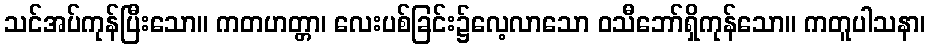
သင်အပ်ကုန်ပြီးသော။ ကတဟတ္တာ၊ လေးပစ်ခြင်း၌လေ့လာသော ဝသီဘော်ရှိကုန်သော။ ကတူပါသနာ၊